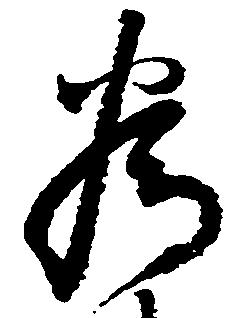
為